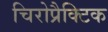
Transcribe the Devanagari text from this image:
चिरोप्रैक्टिक